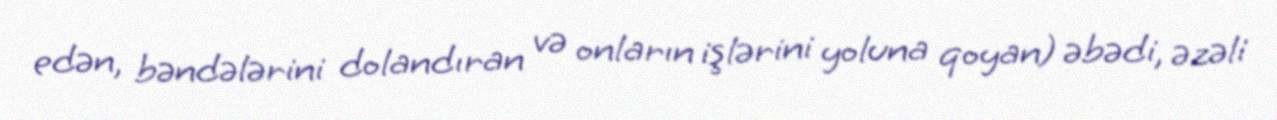
edən, bəndələrini dolandıran və onların işlərini yoluna qoyan) əbədi, əzəli